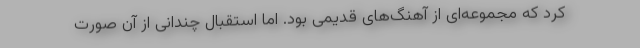
کرد که مجموعه‌ای از آهنگ‌های قدیمی بود. اما استقبال چندانی از آن صورت